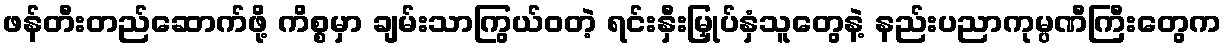
ဖန်တီးတည်ဆောက်ဖို့ ကိစ္စမှာ ချမ်းသာကြွယ်ဝတဲ့ ရင်းနှီးမြှုပ်နှံသူတွေနဲ့ နည်းပညာကုမ္ပဏီကြီးတွေက